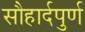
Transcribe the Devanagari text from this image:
सौहार्दपुर्ण